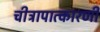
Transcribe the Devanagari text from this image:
चीत्रापात्कारणी